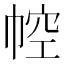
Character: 𢃐